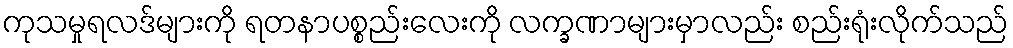
ကုသမှုရလဒ်များကို ရတနာပစ္စည်းလေးကို လက္ခဏာများမှာလည်း စည်းရုံးလိုက်သည်